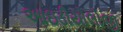
આઇડીયોલોજી